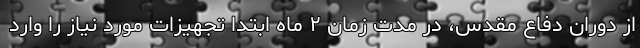
از دوران دفاع مقدس، در مدت زمان ۲ ماه ابتدا تجهیزات مورد نیاز را وارد